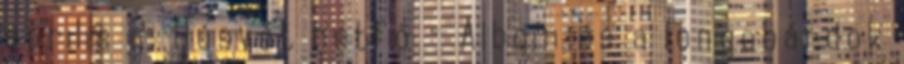
április 2. Húsvét hétfő – Alboin és a longobárdok